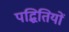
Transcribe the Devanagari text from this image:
पद्धितियों